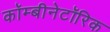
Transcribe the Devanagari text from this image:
कॉम्बीनेटॉरिक